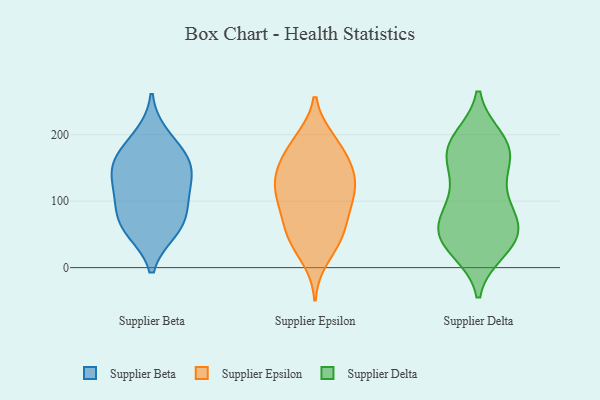
{"axis": {"x": "Net Income (USD K)", "y": "Value"}, "legend": ["Supplier Beta", "Supplier Delta", "Supplier Epsilon"], "data": [{"x": "", "y": 170, "type": "Supplier Beta"}, {"x": "", "y": 68, "type": "Supplier Beta"}, {"x": "", "y": 56, "type": "Supplier Beta"}, {"x": "", "y": 59, "type": "Supplier Beta"}, {"x": "", "y": 101, "type": "Supplier Beta"}, {"x": "", "y": 198, "type": "Supplier Beta"}, {"x": "", "y": 164, "type": "Supplier Beta"}, {"x": "", "y": 127, "type": "Supplier Beta"}, {"x": "", "y": 98, "type": "Supplier Beta"}, {"x": "", "y": 149, "type": "Supplier Beta"}, {"x": "", "y": 142, "type": "Supplier Beta"}, {"x": "", "y": 152, "type": "Supplier Epsilon"}, {"x": "", "y": 79, "type": "Supplier Epsilon"}, {"x": "", "y": 14, "type": "Supplier Epsilon"}, {"x": "", "y": 141, "type": "Supplier Epsilon"}, {"x": "", "y": 193, "type": "Supplier Epsilon"}, {"x": "", "y": 183, "type": "Supplier Epsilon"}, {"x": "", "y": 100, "type": "Supplier Epsilon"}, {"x": "", "y": 42, "type": "Supplier Epsilon"}, {"x": "", "y": 192, "type": "Supplier Epsilon"}, {"x": "", "y": 147, "type": "Supplier Epsilon"}, {"x": "", "y": 96, "type": "Supplier Epsilon"}, {"x": "", "y": 158, "type": "Supplier Epsilon"}, {"x": "", "y": 103, "type": "Supplier Epsilon"}, {"x": "", "y": 125, "type": "Supplier Epsilon"}, {"x": "", "y": 110, "type": "Supplier Epsilon"}, {"x": "", "y": 133, "type": "Supplier Epsilon"}, {"x": "", "y": 56, "type": "Supplier Epsilon"}, {"x": "", "y": 46, "type": "Supplier Epsilon"}, {"x": "", "y": 47, "type": "Supplier Epsilon"}, {"x": "", "y": 190, "type": "Supplier Delta"}, {"x": "", "y": 120, "type": "Supplier Delta"}, {"x": "", "y": 27, "type": "Supplier Delta"}, {"x": "", "y": 182, "type": "Supplier Delta"}, {"x": "", "y": 64, "type": "Supplier Delta"}, {"x": "", "y": 57, "type": "Supplier Delta"}, {"x": "", "y": 80, "type": "Supplier Delta"}, {"x": "", "y": 116, "type": "Supplier Delta"}, {"x": "", "y": 76, "type": "Supplier Delta"}, {"x": "", "y": 162, "type": "Supplier Delta"}, {"x": "", "y": 40, "type": "Supplier Delta"}, {"x": "", "y": 80, "type": "Supplier Delta"}, {"x": "", "y": 36, "type": "Supplier Delta"}, {"x": "", "y": 160, "type": "Supplier Delta"}, {"x": "", "y": 166, "type": "Supplier Delta"}, {"x": "", "y": 193, "type": "Supplier Delta"}, {"x": "", "y": 38, "type": "Supplier Delta"}, {"x": "", "y": 42, "type": "Supplier Delta"}, {"x": "", "y": 185, "type": "Supplier Delta"}]}